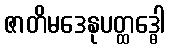
ဇာတိမဒေနုပတ္ထဒ္ဓေါ